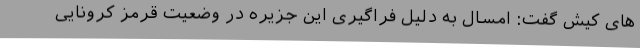
‌های کیش گفت: امسال به دلیل فراگیری این جزیره در وضعیت قرمز کرونایی